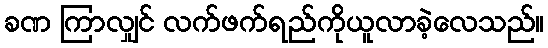
ခဏ ကြာလျှင် လက်ဖက်ရည်ကိုယူလာခဲ့လေသည်။